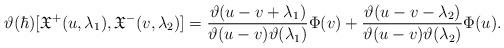
LaTeX: \begin{align*}\vartheta(\hbar) [\mathfrak{X}^+(u, \lambda_1) , \mathfrak{X}^{-}(v, \lambda_2)]=\frac{\vartheta(u-v+\lambda_{1}) }{\vartheta(u-v) \vartheta(\lambda_{1})} \Phi(v)+\frac{\vartheta(u-v-\lambda_{2}) }{\vartheta(u-v) \vartheta(\lambda_{2})} \Phi(u). \end{align*}